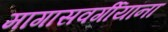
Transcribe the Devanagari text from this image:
मागासवर्गीयांना